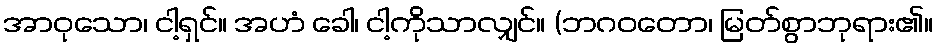
အာဝုသော၊ ငါ့ရှင်။ အဟံ ခေါ၊ ငါ့ကိုသာလျှင်။ (ဘဂဝတော၊ မြတ်စွာဘုရား၏။